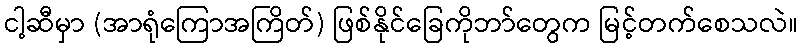
ငါ့ဆီမှာ (အာရုံကြောအကြိတ်) ဖြစ်နိုင်ခြေကိုဘာ်တွေက မြင့်တက်စေသလဲ။